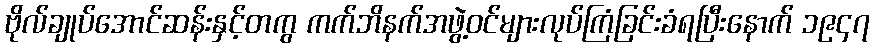
ဗိုလ်ချုပ်အောင်ဆန်းနှင့်တကွ ကက်ဘိနက်အဖွဲ့ဝင်များလုပ်ကြံခြင်းခံရပြီးနောက် ၁၉၄၇